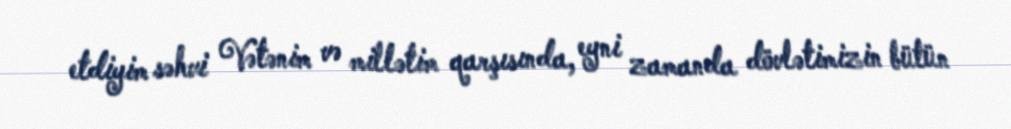
etdiyim səhvi Vətənim və millətim qarşısında, eyni zamanda dövlətimizin bütün